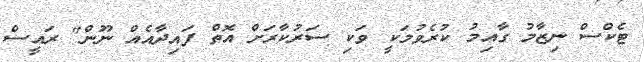
ޓެކްސް ނިޒާމު ގާއިމު ކުރެވުމަކީ ވަކި ސަރުކާރަށް އޮތް ފައިދާއެއް ނޫން" ރައީސް